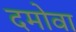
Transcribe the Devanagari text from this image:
दमोवा